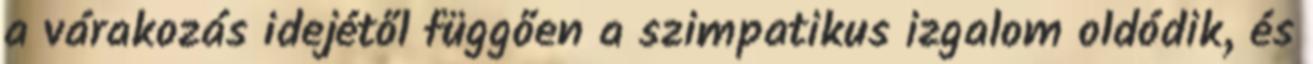
a várakozás idejétől függően a szimpatikus izgalom oldódik, és